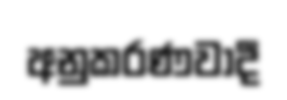
අනුකරණවාදී